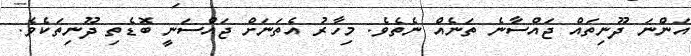
އަންނަ ދޫނިތައް ޖައްސާނެ ތަނެއް ނެތެވެ. މިހާރު އެތަނަށް ޖައްސަނީ ބޮޑެތި ދޫނިތަކެެވެ.